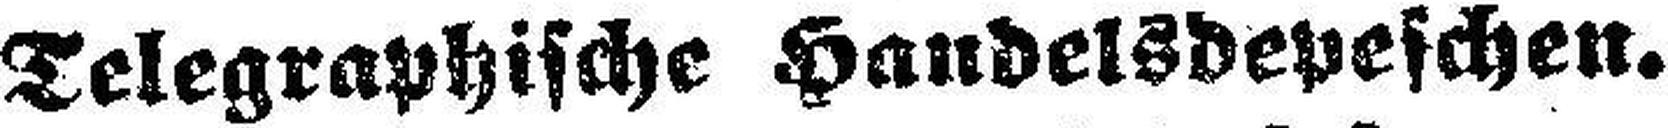
Telegraphische Handelsdepeschen.